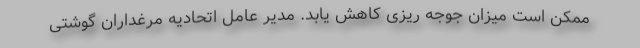
ممکن است میزان جوجه ریزی کاهش یابد. مدیر عامل اتحادیه مرغداران گوشتی